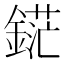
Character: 𲇗